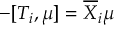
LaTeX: - [ T _ { i } , \mu ] = \overline { { X } } _ { i } \mu